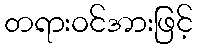
တရားဝင်အားဖြင့်